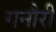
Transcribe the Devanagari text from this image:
गनौरी